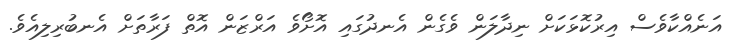
އަނެއްކާވެސް އިރުކޮޅަކަށް ނިދާލަން ވެގެން އެނދުގައި އޮށޯވެ އަރްޒަން އޮތް ފަރާތަށް އެނބުރިލިއެވެ.